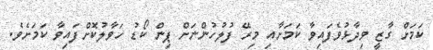
ކަމަށް ގާޒީ ވިދާޅުވެފައިވާ ކަމަށާއި މިރޭ ފުލުހުންނަށް ޕިން ކޯޑު ހަވާލުކޮށްފައިވާ ކަމަށެވެ.